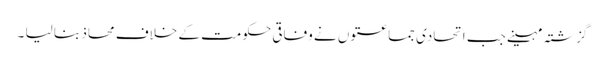
گزشتہ مہینے جب اتحادی جماعتوں نے وفاقی حکومت کے خلاف محاذ بنا لیا ۔